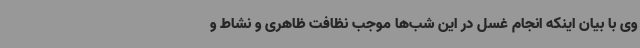
وی با بیان اینکه انجام غسل در این شب‌ها موجب نظافت ظاهری و نشاط و